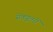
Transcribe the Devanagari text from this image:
सेक्यूलरों